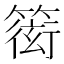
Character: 𥲋